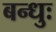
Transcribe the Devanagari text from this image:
बन्धुः